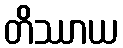
တိဿာယ